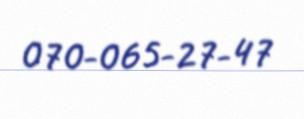
070-065-27-47